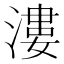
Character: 漊